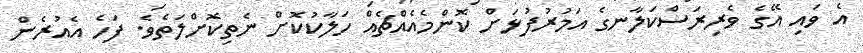
އެ ވައި އޭގެ ވެރިރަސްކަލާނގެ އަމުރުފުޅަށް ކޮންމެއެއްޗެއް ހަލާކުކޮށް ނެތިކޮށްލަތެވެ. ފަހެ އެއުރެން